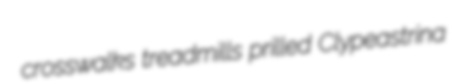
crosswalks treadmills prilled Clypeastrina